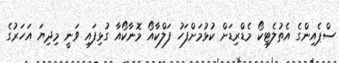
ސްޕެއިންގެ އެތުލެޓިކޯ މެޑްރިޑަށް ކުޅުމަށްފަހު ފަލްކާއޯ މޮނާކޯއާ ގުޅިފައި ވަނީ މިދިޔަ އަހަރުގެ